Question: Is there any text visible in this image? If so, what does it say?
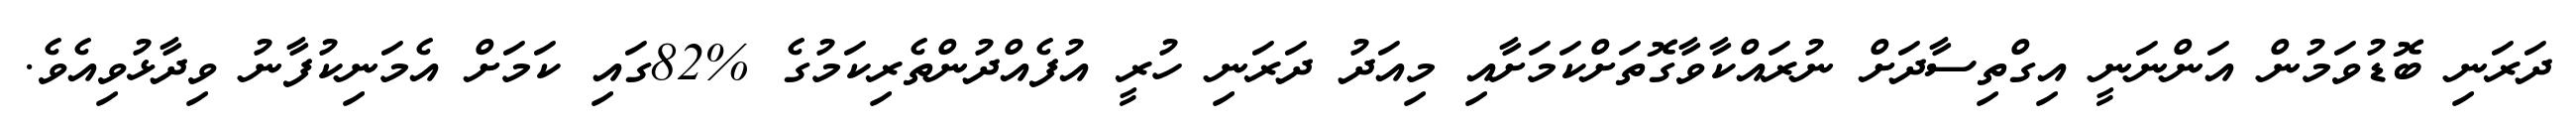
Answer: ދަރަނި ބޮޑުވަމުން އަންނަނީ އިގްތިސާދަށް ނުރައްކާވާގޮތަށްކަމަށާއި މިއަދު ދަރަނި ހުރީ އުފެއްދުންތެރިކަމުގެ %82ގައި ކަމަށް އެމަނިކުފާނު ވިދާޅުވިއެވެ.